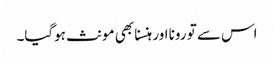
اس سے تو رونا اور ہنسنا بھی مونث ہوگیا۔